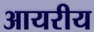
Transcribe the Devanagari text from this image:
आयरीय